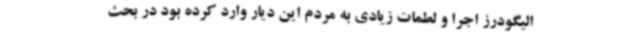
الیگودرز اجرا و لطمات زیادی به مردم این دیار وارد کرده بود در بحث